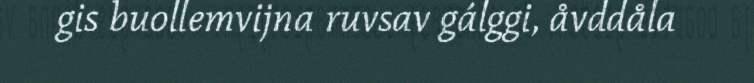
gis buollemvijna ruvsav gálggi, åvddåla